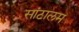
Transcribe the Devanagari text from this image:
सांटालम